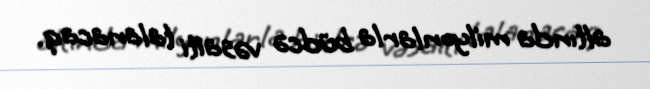
altında milyonlarla büdcə vəsaiti talanacaq.